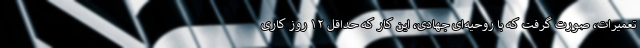
تعمیرات، صورت گرفت که با روحیه‌ای جهادی، این کار که حداقل ۱۲ روز کاری